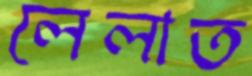
লেলাত